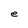
Character: e